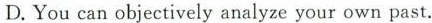
D.You can objectively analyze your own past. .